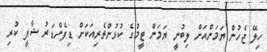
ހިލޭ ޖެހުން ޔަމަންއަށް ލިބުނީ ޔަމަން ޓީމުގެ ކުުޅުންތެރިއަކަށް ޑިފެންޑަރު ޝާފީ ކުރި